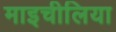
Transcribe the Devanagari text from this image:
माइचीलिया